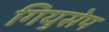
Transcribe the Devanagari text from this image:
गियुसेप